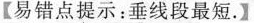
【易错点提示：垂线段最短.】